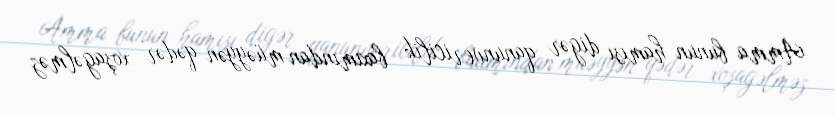
Amma bunun hamısı digər qanunvericilik baxımından müəyyən qədər xoşagəlməz